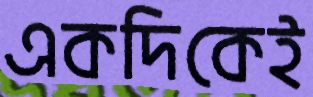
একদিকেই